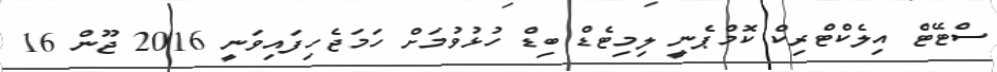
ސްޓޭޓް އިލެކްޓްރިކް ކޮމްޕެނީ ލިމިޓެޑް ބިޑް ހުޅުވުމަށް ހަމަޖެހިފައިވަނީ 2016 ޖޫން 16